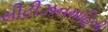
સીટીઝનમાહિતી